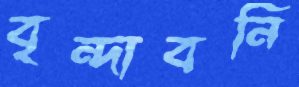
বৃন্দাবনি